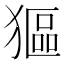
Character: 𤠾